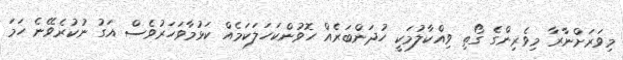
މިވަރަށްނާރާ މިވެރިންގެ ގޯތި ވިއްކާލުމަކީ ހުދަންބަރެއް ހޮވުންކަހަލަކަމެއް ކަޅުމާވަހަރުވެސް އަގު ނުކުރެވޭނެ ހަމަ